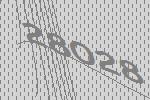
28028